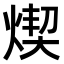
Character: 𤋸